Annual administration report of the Civil Veterinary Department, Sind - 1940-1941
Year: 1940
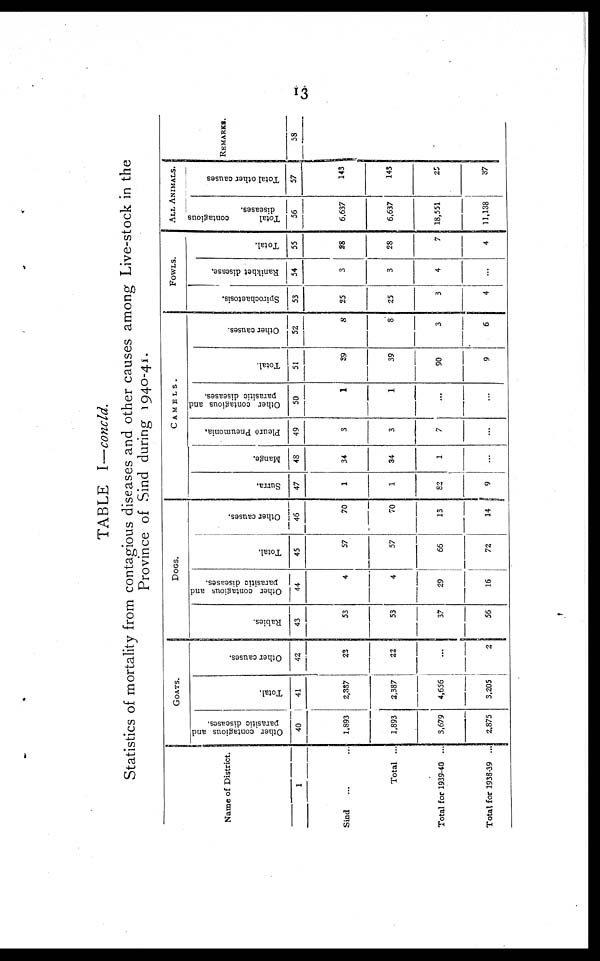
13
TABLE I—concld.
Statistics of mortality from contagious diseases and other causes among Live-stock in the
Province of Sind during 1940-41.
Name of District.
1
Sind ... ...
Total ...
Total for 1939-40 ...
Total for 1938-39 ...
GOATS.
Other contagious and
parasitic diseases.
40
1,893
1,893
3,679
2,875
Total.
41
2,387
2,387
4,656
3,205
Other causes.
42
23
22
...
2
DOGS.
Rabies.
43
53
53
37
56
Other contagious and
parasitic diseases.
44
4
4
29
16
Total.
45
57
57
66
72
Other causes.
46
70
70
13
14
CAMELS.
Surra.
47
1
1
82
9
Mange.
48
34
34
1
...
Pleuro Pneumonia.
49
3
3
7
...
Other contagious and
parasitic diseases.
50
1
1
...
...
Total.
51
39
39
90
9
Other causes.
52
8
8
3
6
FOWLS.
Spirochaetosis.
53
25
25
3
4
Ranikhet disease.
54
3
3
4
...
Total.
55
28
28
7
4
ALL ANIMALS.
Total
contagious
diseases.
56
6,637
6,637
18,551
11,138
Total other causes
57
143
143
25
37
REMARKS.
58